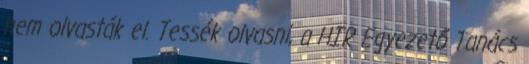
nem olvasták el. Tessék olvasni, a HIR Egyezető Tanács